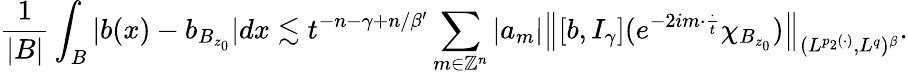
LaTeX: \frac{1}{|B|}\int_{B}|b(x)-b_{B_{z_{0}}}|dx\lesssim t^{-n-\gamma+n/\beta^{\prime}}\sum_{m\in\mathbb{Z}^{n}}|a_{m}|\left\| [b,I_{\gamma}](e^{-2im\cdot\frac{\cdot}{t}}\chi_{B_{z_{0}}})\right\| _{(L^{p_{2}(\cdot)},L^{q})^{\beta}}.